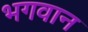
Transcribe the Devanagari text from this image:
भगवान